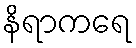
နိရာကရေ